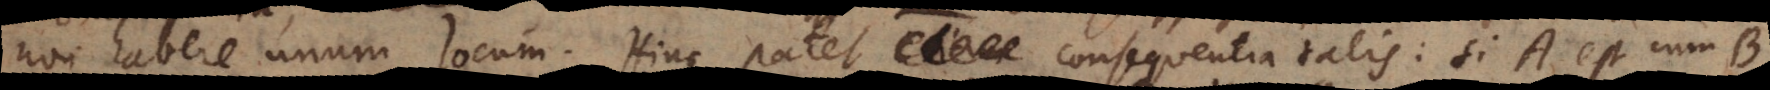
non habere unum locum. Hinc patet consequentia talis: si A est cum B,